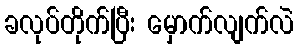
ခလုပ်တိုက်ပြီး မှောက်လျက်လဲ